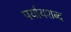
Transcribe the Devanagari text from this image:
पर्यायशब्द